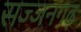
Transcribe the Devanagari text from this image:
सज्‍जनगढ़